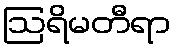
ဩရိမတီရာ